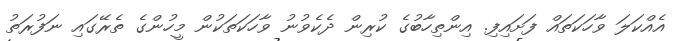
އެއްކަލަ ވާހަކަތައް ފަށައިފި. އިންތިހާބުގެ ކުރިން ދެކެވުނު ވާހަކަތަކުން މީހުންގެ ތެރޭގައި ނަފުރަތު